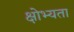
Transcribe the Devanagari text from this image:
क्षोभ्यता